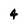
Character: 4